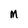
Character: M